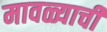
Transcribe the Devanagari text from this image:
मावळ्याची